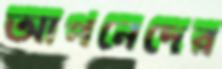
আপনেদের